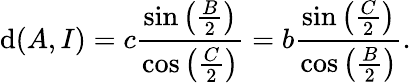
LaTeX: \mathrm{d}(A,I)=c{\frac{{\sin\left({\frac{{B}}{{2}}}\right)}}{{\cos\left({\frac{{C}}{{2}}}\right)}}}=b{\frac{{\sin\left({\frac{{C}}{{2}}}\right)}}{{\cos\left({\frac{{B}}{{2}}}\right)}}}.